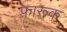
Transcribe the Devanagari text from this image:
फ़ारूक